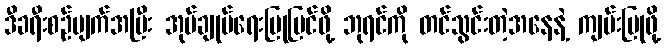
ဒီခရီးစဉ်ပျက်အပြီး အုပ်ချုပ်ရေးပြုပြင်ဖို့ ဘုရင်ကို တင်သွင်းတဲ့အနေနဲ့ ကျမ်းပြုဖို့